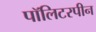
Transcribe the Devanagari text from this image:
पॉलिटरपीन